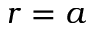
r = a